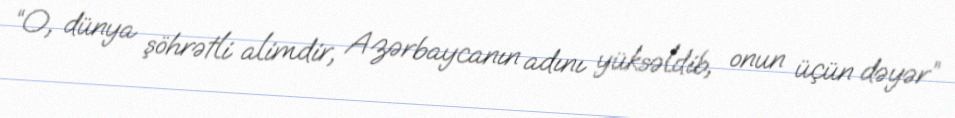
“O, dünya şöhrətli alimdir, Azərbaycanın adını yüksəldib, onun üçün dəyər”